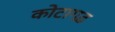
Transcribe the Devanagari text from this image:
कोटागढ़